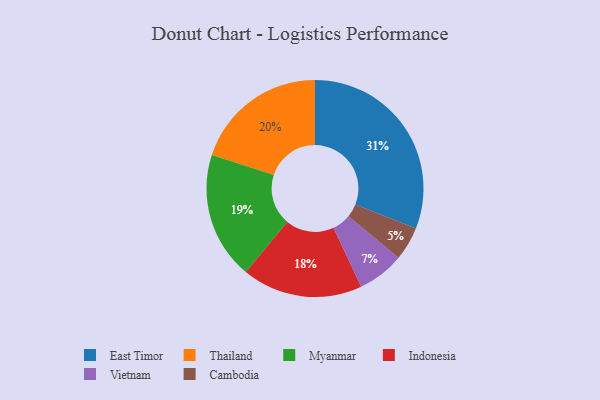
{"axis": {"x": "Category", "y": "Percentage"}, "legend": ["Cambodia", "East Timor", "Indonesia", "Myanmar", "Thailand", "Vietnam"], "data": [{"x": "East Timor", "y": 31, "type": "East Timor"}, {"x": "Thailand", "y": 20, "type": "Thailand"}, {"x": "Indonesia", "y": 18, "type": "Indonesia"}, {"x": "Cambodia", "y": 5, "type": "Cambodia"}, {"x": "Myanmar", "y": 19, "type": "Myanmar"}, {"x": "Vietnam", "y": 7, "type": "Vietnam"}]}